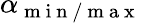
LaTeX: \alpha_{\mathrm{~m~i~n~/~m~a~x~}}